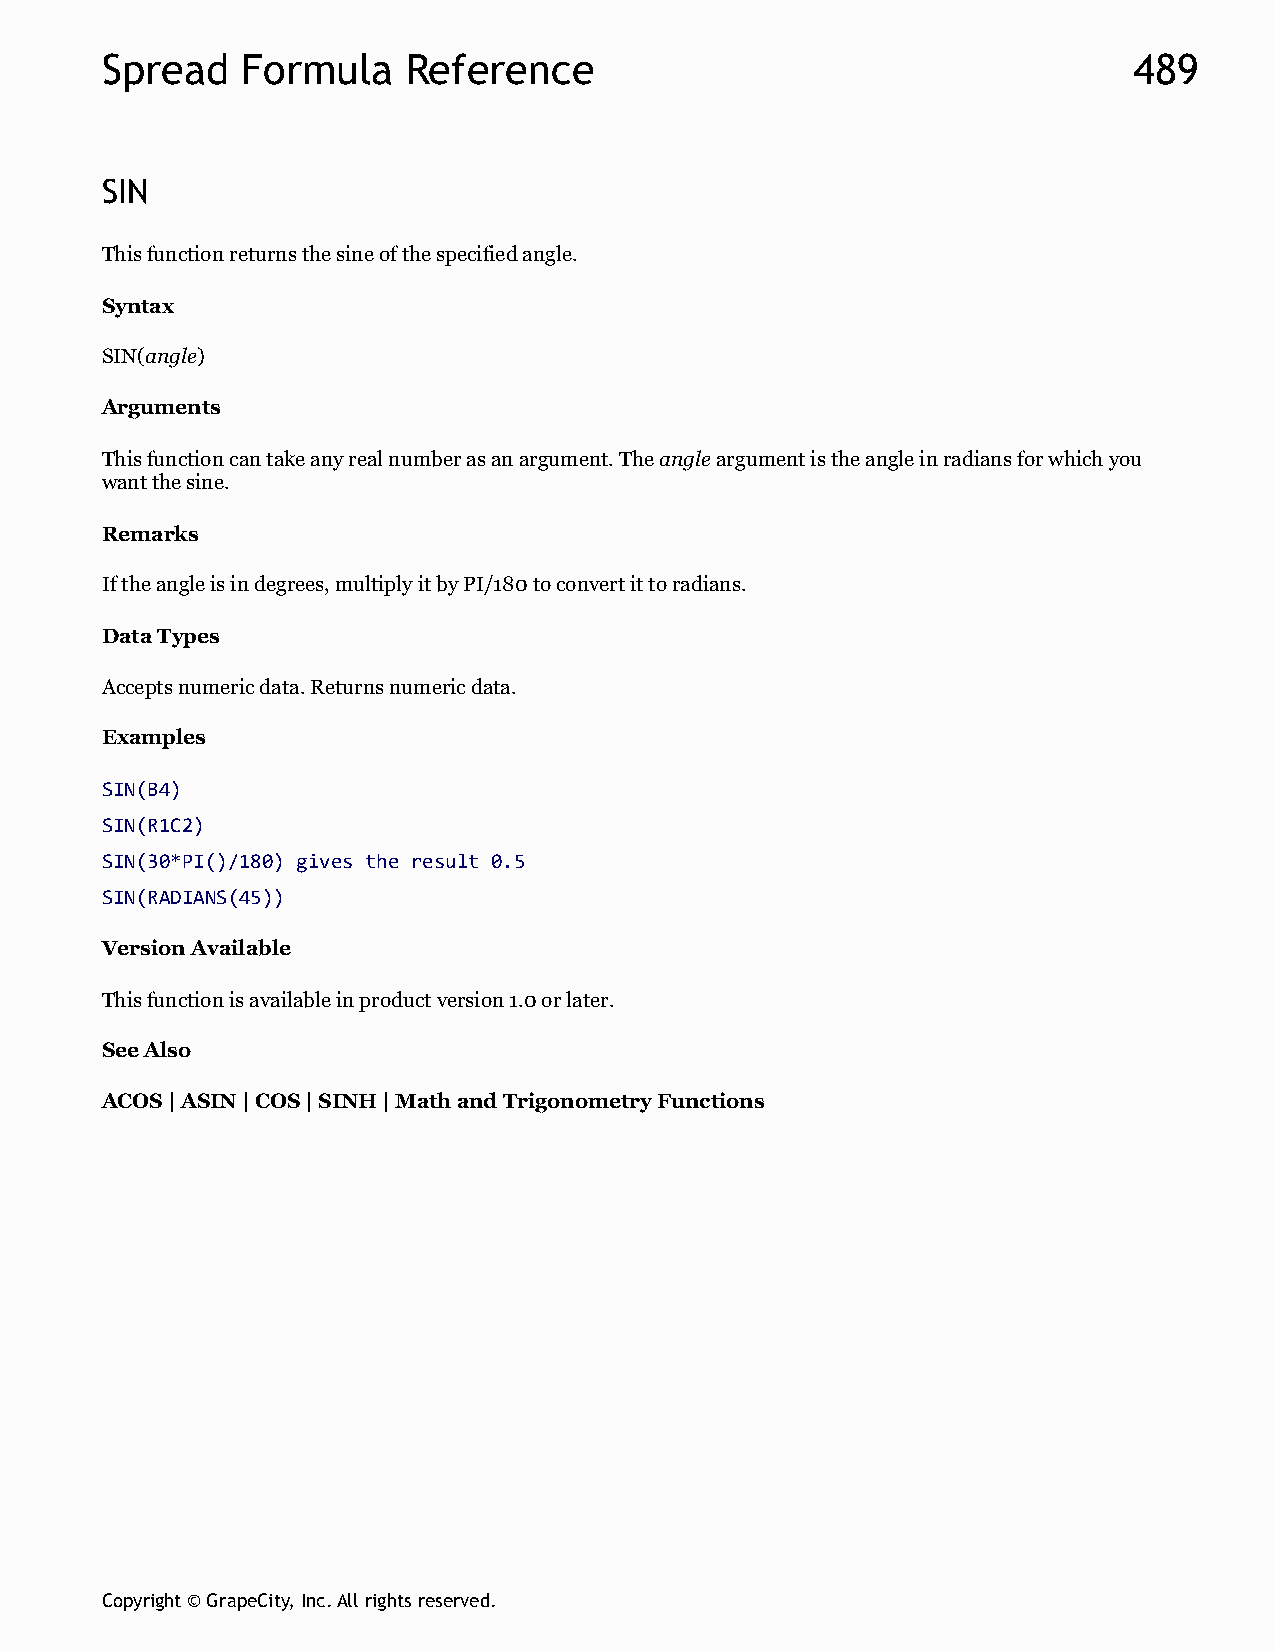
Spread   Formula    Reference                                       489
 SIN
 This function returns the sine of the specified angle.
 Syntax
 SIN(angle)
 Arguments
 This function can take any real number as an argument. The angle argument is the angle in radians for which you
 want the sine.
 Remarks
 If the angle is in degrees, multiply it by PI/180 to convert it to radians.
 Data Types
 Accepts numeric data. Returns numeric data.
 Examples
 SIN(B4)
 SIN(R1C2)
 SIN(30*PI()/180) gives the result 0.5
 SIN(RADIANS(45))
 Version Available
 This function is available in product version 1.0 or later.
 See Also
 ACOS | ASIN | COS | SINH | Math and Trigonometry Functions
 Copyright © GrapeCity, Inc. All rights reserved.